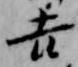
吉